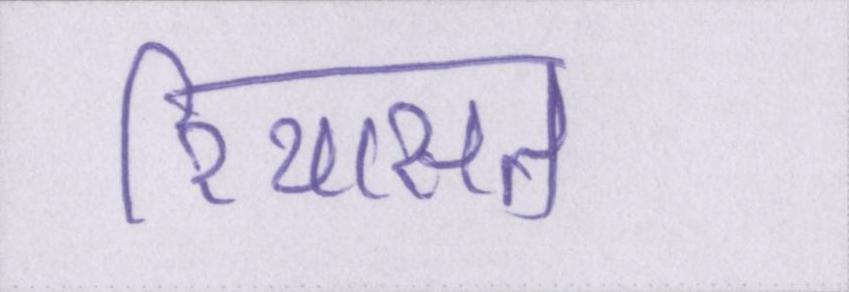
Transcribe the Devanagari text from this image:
रियासत